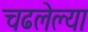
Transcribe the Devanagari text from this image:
चढलेल्या